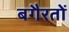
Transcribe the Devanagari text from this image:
बगैरतों